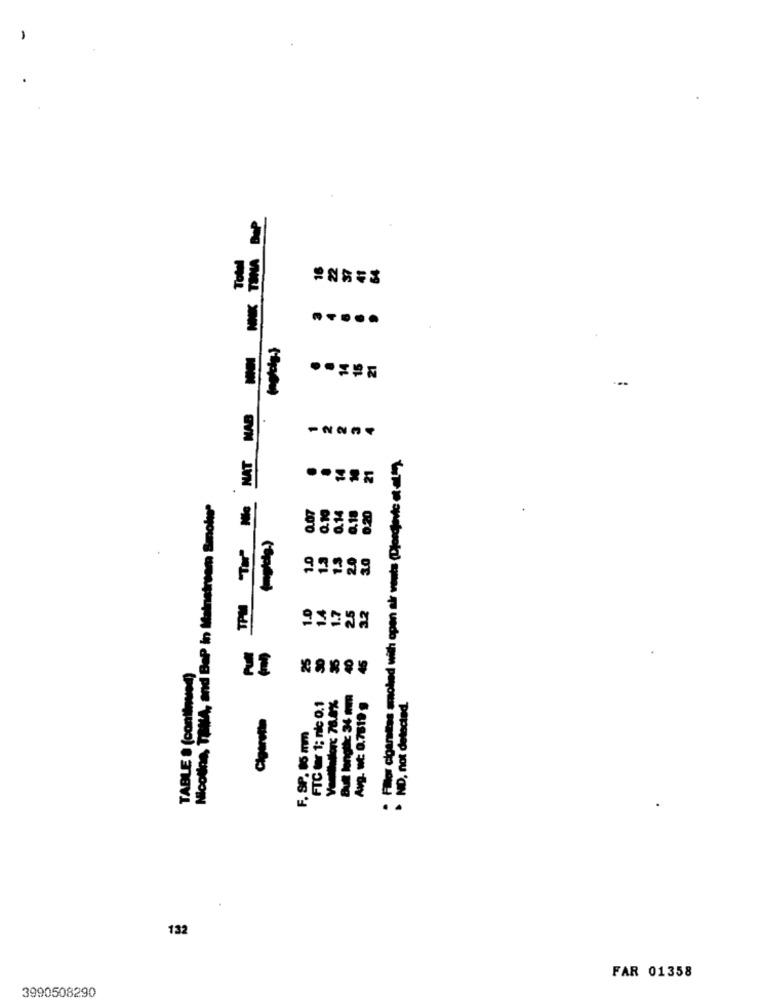
16
37
.....
TPM TH" Nic NAT NAB
..===
Filler cigaretes smoked with open air vouts (Djordjevic ot al).
Nicoline, TOMA, and BeP in Mainstream Smoke
0.07
0.10
0.14
0.18
0.20
1.0
1.3
3.0
20
1.0
14
1.7
25
32
25
TABLE & (continuo)
11
Avg. ut: 0.7519 g
FTC ter 1; nic 0.1
. NO, not detected.
F. SP. 85 mm
132
FAR 01358
3990508290